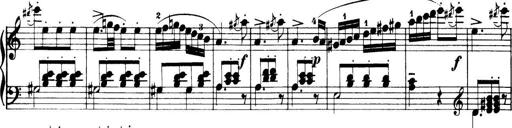
Title: 32 Sonatinas and Rondos for the Piano
Composer: Richard Kleinmichel